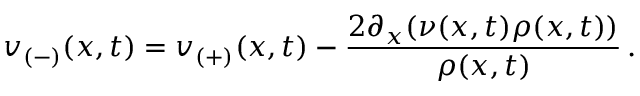
v _ { ( - ) } ( x , t ) = v _ { ( + ) } ( x , t ) - \frac { 2 \partial _ { x } ( \nu ( x , t ) \rho ( x , t ) ) } { \rho ( x , t ) } \, .